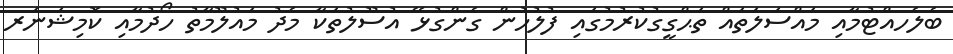
ބެލެހއްޓުމާއި މައްސަލަތައް ތަޙްގީގުކުރުމުގައި ފުލުހުން ގެންގުޅޭ އުސޫލުތަކާ މެދު މައުލޫމާތު ހޯދުމާއި ކޮމިޝަނަރ